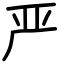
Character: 严